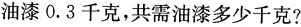
油漆0.3 千克，共需油漆多少千克?